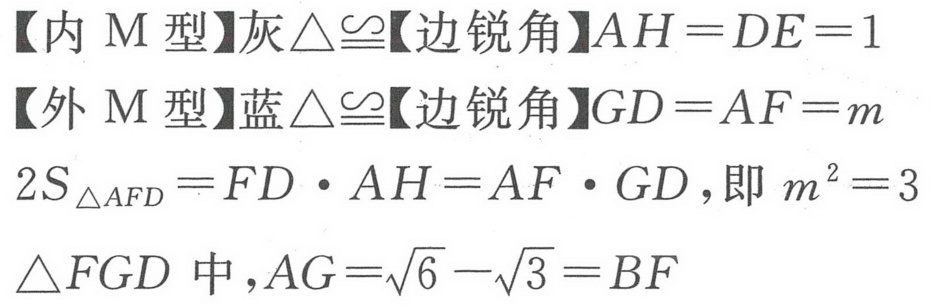
【内 M 型】灰$\triangle\cong$【边锐角】$AH = DE = 1$
【外 M 型】蓝$\triangle\cong$【边锐角】$GD = AF = m$
$2S_{\triangle AFD}=FD\cdot AH = AF\cdot GD$,即$m^{2}=3$
$\triangle FGD$中,$AG = \sqrt{6}-\sqrt{3}=BF$